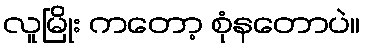
လူမြိုး ကတော့ စုံနတောပဲ။